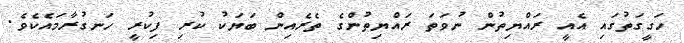
ހަގީގަތުގައި އެއީ ރައްޔިތުން ނުވަތަ ރައްޔިތުންގެ ތެރެއިން ބަޔަކު ކުރި ފިކުރީ ހަނގުރާމައެކެވެ.